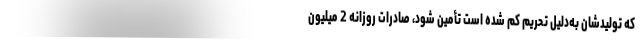
که تولیدشان به‌دلیل تحریم کم شده است تأمین شود، صادرات روزانه 2 میلیون